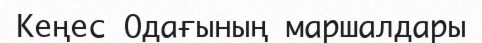
Кеңес Одағының маршалдары